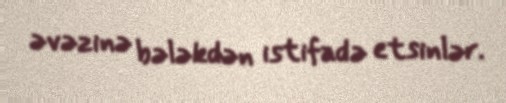
əvəzinə bələkdən istifadə etsinlər.